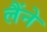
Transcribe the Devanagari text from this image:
लैंने